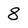
Character: 8